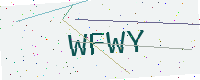
Text: WFWY